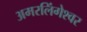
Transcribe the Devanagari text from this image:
अमरलिंगेश्‍वर